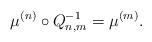
LaTeX: \begin{align*} \mu^{(n)} \circ Q_{n,m}^{-1} = \mu^{(m)}.\end{align*}